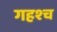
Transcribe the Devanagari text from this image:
गहश्च